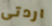
اردتى